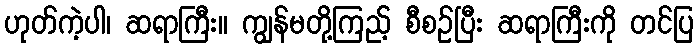
ဟုတ်ကဲ့ပါ၊ ဆရာကြီး။ ကျွန်မတို့ကြည့် စီစဉ်ပြီး ဆရာကြီးကို တင်ပြ